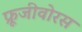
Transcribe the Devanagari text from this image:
फ्रूजीवोरस